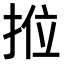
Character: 𭠿